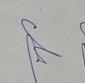
Signature authenticity: genuine